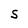
Character: S